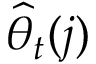
\widehat { \theta } _ { t } ( j )